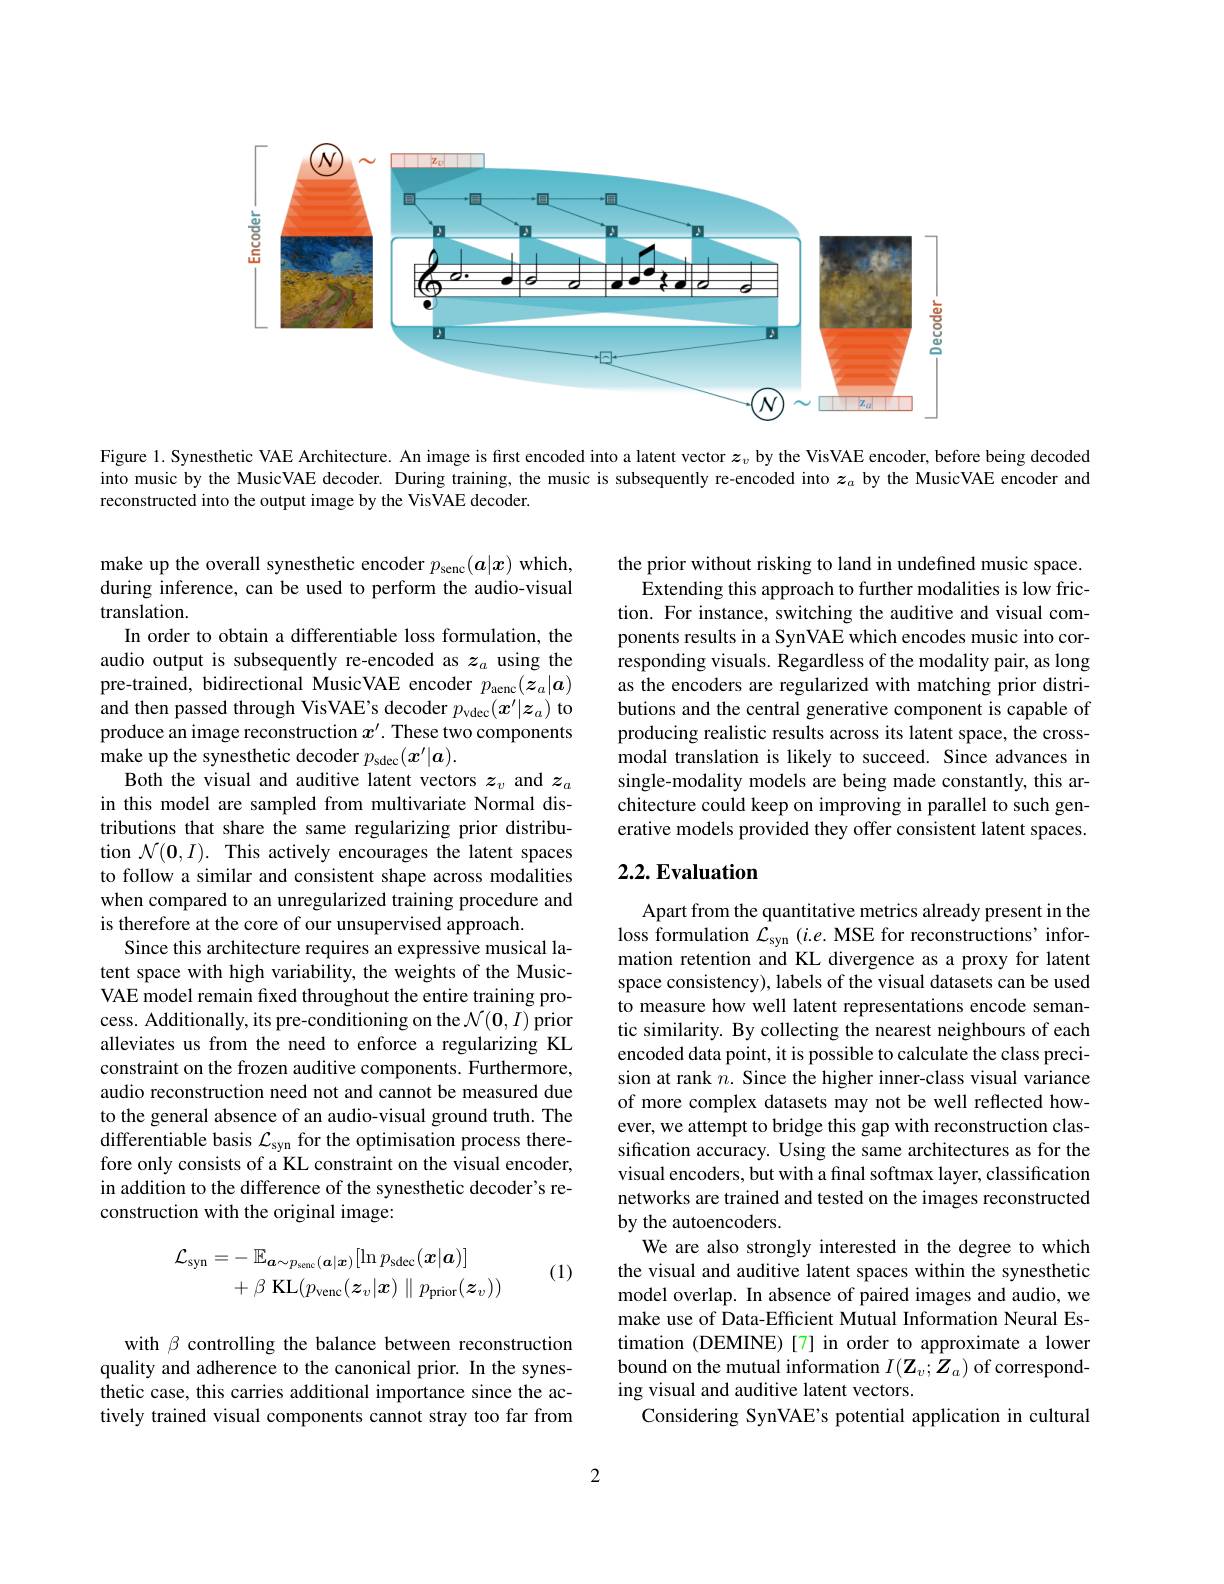
<FigureHere>

Figure 1. Synesthetic VAE Architecture. An image is first encoded into a latent vector $\boldsymbol{z}_v$ by the VisVAE encoder, before being decoded into music by the MusicVAE decoder. During training, the music is subsequently re-encoded into $z_a$ by the MusicVAE encoder and reconstructed into the output image by the VisVAE decoder.

the prior without risking to land in undefined music space.
Extending this approach to further modalities is low friction. For instance, switching the auditive and visual components results in a SynVAE which encodes music into corresponding visuals. Regardless of the modality pair, as long as the encoders are regularized with matching prior distributions and the central generative component is capable of producing realistic results across its latent space, the crossmodal translation is likely to succeed. Since advances in single-modality models are being made constantly, this architecture could keep on improving in parallel to such generative models provided they offer consistent latent spaces.

# 2.2. Evaluation

make up the overall synesthetic encoder $p_\mathrm{senc}(\boldsymbol{a}|\boldsymbol{x})$ which, during inference, can be used to perform the audio-visual translation.
In order to obtain a differentiable loss formulation, the audio output is subsequently re-encoded as $z_a$ using the pre-trained, bidirectional MusicVAE encoder $p_\mathrm{aenc}(\boldsymbol{z}_a|\boldsymbol{a})$ and then passed through VisVAE's decoder $p_\mathrm{vdec}(x^{\prime}|\boldsymbol{z}_a)$ to produce an image reconstruction $x^{\prime}$. These two components make up the synesthetic decoder $p_\mathrm{sdec}(\boldsymbol{x}^{\prime}|\boldsymbol{a}).$
Both the visual and auditive latent vectors $z_v$ and $z_a$ in this model are sampled from multivariate Normal distributions that share the same regularizing prior distribution $\mathcal{N}(\mathbf{0},I).$ This actively encourages the latent spaces to follow a similar and consistent shape across modalities when compared to an unregularized training procedure and is therefore at the core of our unsupervised approach.
Since this architecture requires an expressive musical latent space with high variability, the weights of the MusicVAE model remain fixed throughout the entire training process. Additionally, its pre-conditioning on the $\mathcal{N}(\mathbf{0},I)$ prior alleviates us from the need to enforce a regularizing KL constraint on the frozen auditive components. Furthermore, audio reconstruction need not and cannot be measured due to the general absence of an audio-visual ground truth. The differentiable basis $\mathcal{L}_\mathrm{syn}$ for the optimisation process therefore only consists of a KL constraint on the visual encoder, in addition to the difference of the synesthetic decoder's reconstruction with the original image:

Apart from the quantitative metrics already present in the loss formulation $\mathcal{L}_\mathrm{syn}$ (i.e. MSE for reconstructions'information retention and KL divergence as a proxy for latent space consistency), labels of the visual datasets can be used to measure how well latent representations encode semantic similarity. By collecting the nearest neighbours of each encoded data point, it is possible to calculate the class precision at rank $n.$ Since the higher inner-class visual variance of more complex datasets may not be well reflected however, we attempt to bridge this gap with reconstruction classification accuracy. Using the same architectures as for the visual encoders, but with a final softmax layer, classification networks are trained and tested on the images reconstructed by the autoencoders.
We are also strongly interested in the degree to which the visual and auditive latent spaces within the synesthetic model overlap. In absence of paired images and audio, we make use of Data-Efficient Mutual Information Neural Estimation (DEMINE)[7] in order to approximate a lower bound on the mutual information $I(\mathbf{Z}_v;\mathbf{Z}_a)$ of corresponding visual and auditive latent vectors.
Considering SynVAE's potential application in cultural
$$\begin{aligned}\mathcal{L}_{\mathrm{syn}}&=-\:\mathbb{E}_{\boldsymbol{a}\sim p_{\mathrm{senc}}(\boldsymbol{a}|\boldsymbol{x})}[\ln p_{\mathrm{sdec}}(\boldsymbol{x}|\boldsymbol{a})]\\&+\beta\:\mathrm{KL}(p_{\mathrm{venc}}(z_{v}|\boldsymbol{x})\parallel p_{\mathrm{prior}}(\boldsymbol{z}_{v}))\end{aligned}$$
(1)

with $\beta$ controlling the balance between reconstruction quality and adherence to the canonical prior. In the synesthetic case, this carries additional importance since the actively trained visual components cannot stray too far from

2